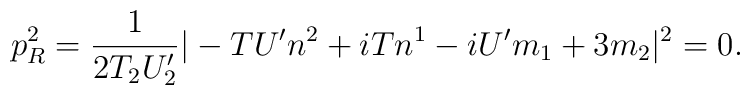
p_{R}^{2} = \frac{1}{2T_{2}U'_{2}}|-{T}U'n^{2} + i{T} n^{1}-iU'm_{1} + 3 m_{2}|^{2} = 0.